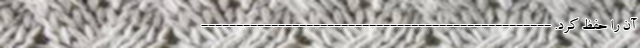
آن را حفظ کرد. --------------------------------------------------